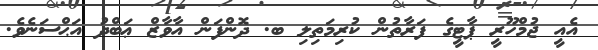
އެއީ ޖުމްހޫރީ ޕާޓީގެ ފަރާތުން ކުރިމަތިލި ބ. ދޮންފަން އާވާޒް ޢަބްދު އަޙްސަނެވެ.